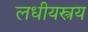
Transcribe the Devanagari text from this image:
लधीयस्त्रय